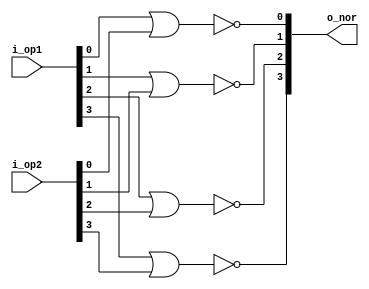
`timescale 1 ns /1 ps

module bitwise_nor(i_op1, i_op2, o_nor);

	parameter WIDTH = 4;

	input	[WIDTH-1:0] i_op1, i_op2;
	output	[WIDTH-1:0] o_nor;

	genvar i;

	generate
		for (i=0; i<WIDTH; i=i+1) begin:not_or
			nor n (o_nor[i],i_op1[i],i_op2[i]);
		end //nor
	endgenerate

endmodule

module bitwise_nor_tb;
	parameter WIDTH = 8;
	reg  [WIDTH-1:0]  op1, op2;
	wire [WIDTH-1:0]  out;

	bitwise_nor #(.WIDTH(WIDTH)) notor(.i_op1(op1),
				 	  .i_op2(op2),
				 	  .o_nor(out)
				 	 );		   		

	integer i, j, res, error = 0;

	initial begin
		for (i=0; i<2**WIDTH; i=i+1) begin: outer
			for(j=0;j<2**WIDTH; j=j+1) begin: inner
				op1 = i;
				op2 = j;
				res = {~(op1|op2)};
				#1;
				if (res!==out) begin
					error = error + 1;
					$display("Error at %d: op1=%d, op2=%d, nor output=%d, true nor=%d",$time, 
					op1, op2, out, res);
				end
			end
		end
		if (error==0) $display("!!!Test completed succesfully");
		else $display("Error counter: %d", error);
	end // initial
endmodule // lb2_tb